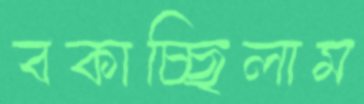
বকাচ্ছিলাম